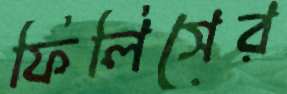
ফিলিসের